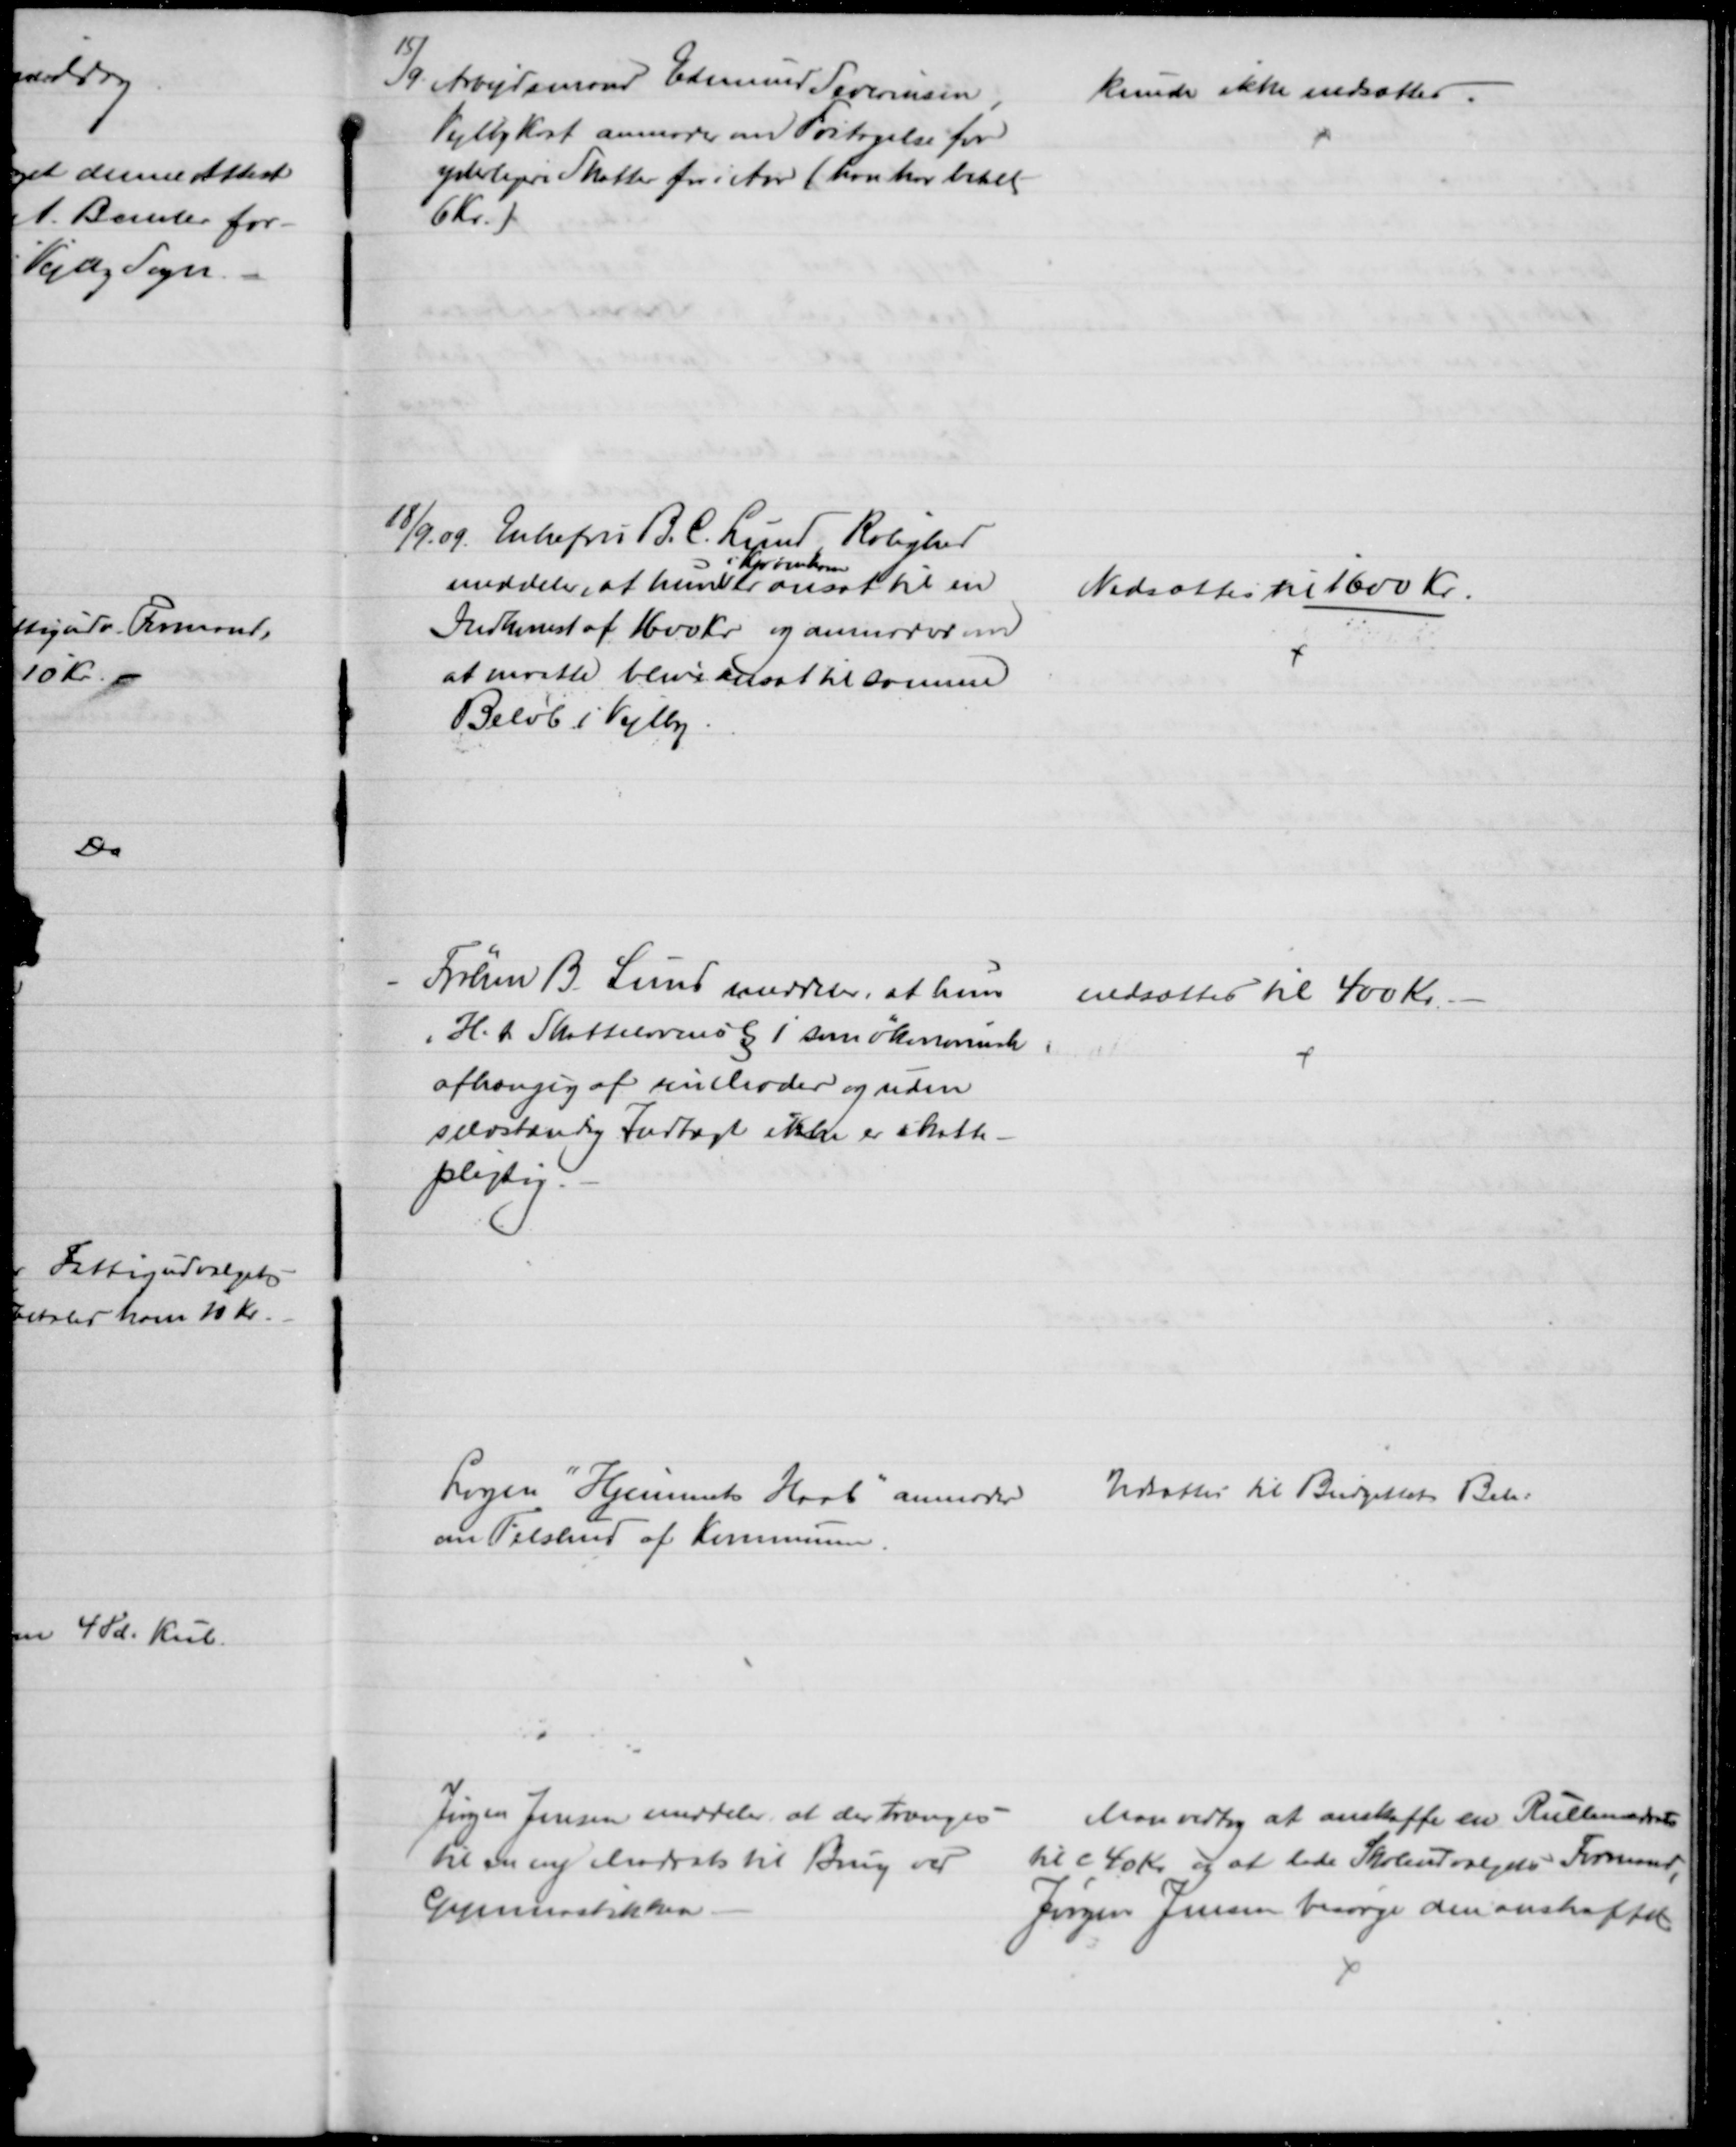
Transskription:
15/9. Arbejdsmand Edmund Severinsen,
Vejlby Krat anmoder om Fritagelse for
yderligere Skatter for i Aar (han har betal
6 Kr.)
kunde ikke nedsættes.
18/9 09. Enkefru B. C. Lund, Rolighed
meddeler, at hun
i Kjøbenhavn
er ansat til en
Indkomst af 1600 Kr og anmoder om
at maatte blive ansat til samme
Beløb i Vejlby.
Nedsættes til 1600 Kr.
Frøken B. Lund meddeler, at hun
i H. t. Skattelovens § 1 som økonomisk
afhængig af sin Moder og uden
selvstændig Indtægt ikke er skatte-
pligtig.
nedsættes til 400 Kr.
Logen "Hjemmets Haab" anmoder 
om Tilskud af Kommunen.
Udsattes til Budgettets Beh:
Jørgen Jensen meddeler, at der trænges
til en ny Madrads til Brug ved
Gymnastikken.
Man vedtog at anskaffe en Rullemadras
til c 40 Kr. og at lade Skoleudvalgets Formand
Jørgen Jensen besørge den anskaffet